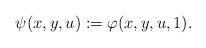
LaTeX: \begin{align*}\psi(x,y,u):=\varphi(x,y,u,1).\end{align*}